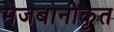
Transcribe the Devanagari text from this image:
मेजबानीकृत